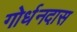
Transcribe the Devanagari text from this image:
गोर्धनदास